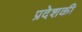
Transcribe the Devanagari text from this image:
प्रदेशकी